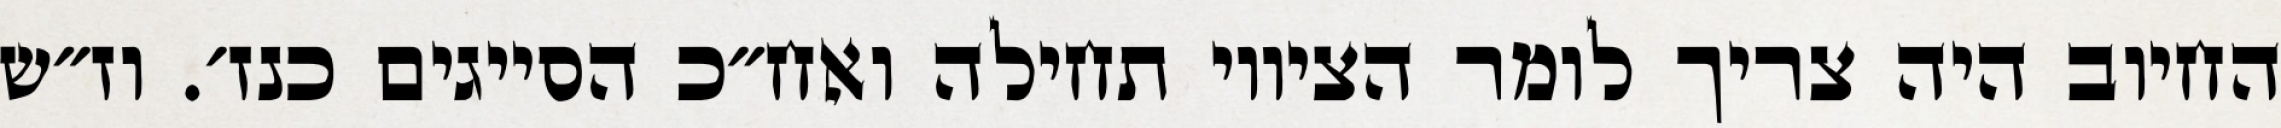
החיוב היה צריך לומר הציווי תחילה ואח״כ הסייגים כנז׳. וז״ש